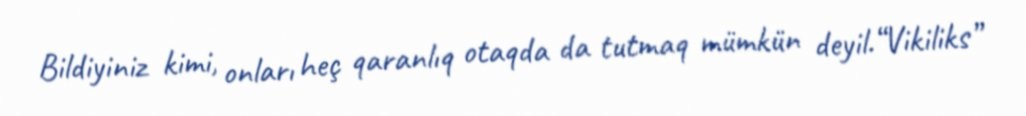
Bildiyiniz kimi, onları heç qaranlıq otaqda da tutmaq mümkün deyil.“Vikiliks”